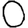
Digit: 0